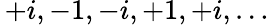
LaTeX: \, +i,-1,-i,+1,+i,\ldots